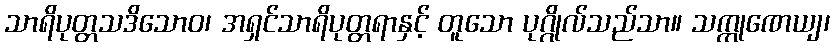
သာရိပုတ္တသဒိသောဝ၊ အရှင်သာရိပုတ္တရာနှင့် တူသော ပုဂ္ဂိုလ်သည်သာ။ သက္ကုဏေယျ၊